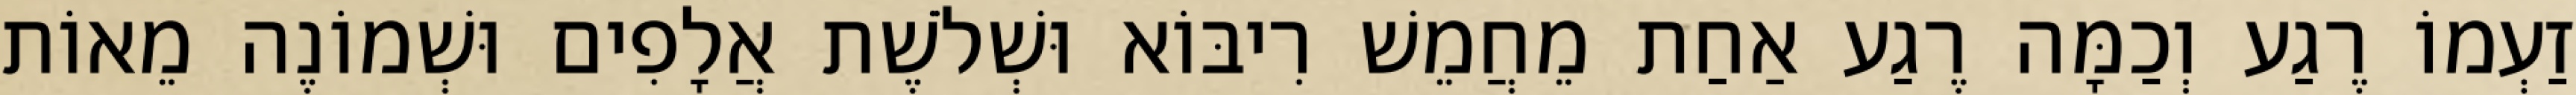
זַעְמוֹ רֶגַע וְכַמָּה רֶגַע אַחַת מֵחֲמֵשׁ רִיבּוֹא וּשְׁלֹשֶׁת אֲלָפִים וּשְׁמוֹנֶה מֵאוֹת